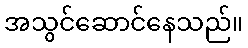
အသွင်ဆောင်နေသည်။